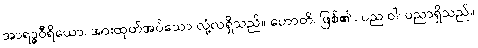
အာရဒ္ဓဝီရိယော၊ အားထုတ်အပ်သော လုံ့လရှိသည်။ ဟောတိ၊ ဖြစ်၏။ ပည ဝါ၊ ပညာရှိသည်။